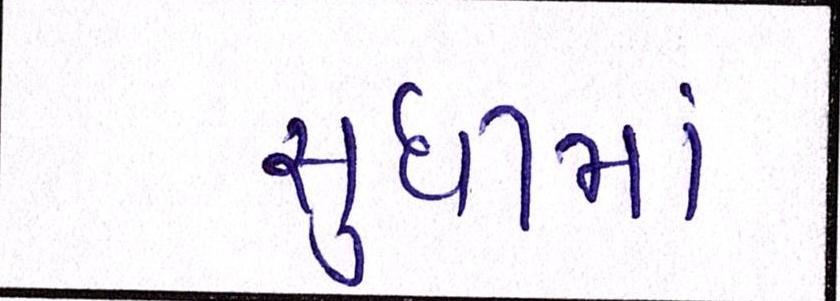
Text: સુધીમાં